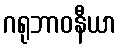
ဂရုဘာဝနီယာ